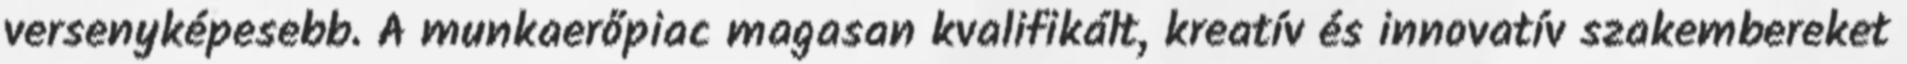
versenyképesebb. A munkaerőpiac magasan kvalifikált, kreatív és innovatív szakembereket